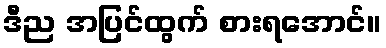
ဒီည အပြင်ထွက် စားရအောင်။